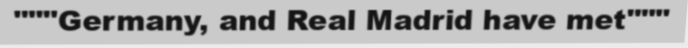
"""Germany, and Real Madrid have met"""